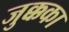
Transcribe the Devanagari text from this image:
जुक्कका